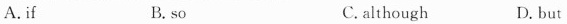
A.if B. so C. although D. but